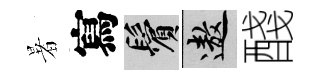
暑寫鬢遨醆